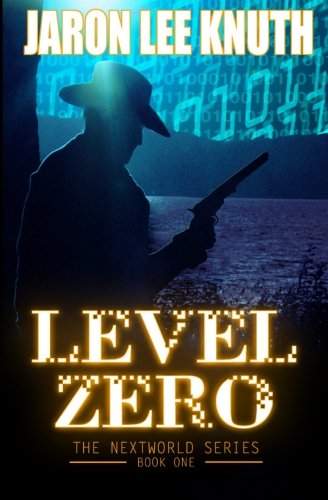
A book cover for Level Zero (The NextWorld Series) (Volume 1); Jaron Lee Knuth; Science Fiction & Fantasy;